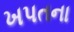
ખપતના